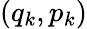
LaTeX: (q_{k},p_{k})